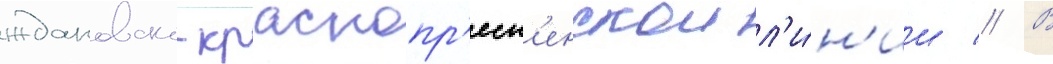
ждановско-краснопр'есн'енскои л'и́н'ии // В